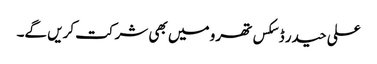
علی حیدر ڈسکس تھرو میں بھی شرکت کریں گے۔